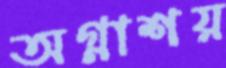
অগ্নাশয়